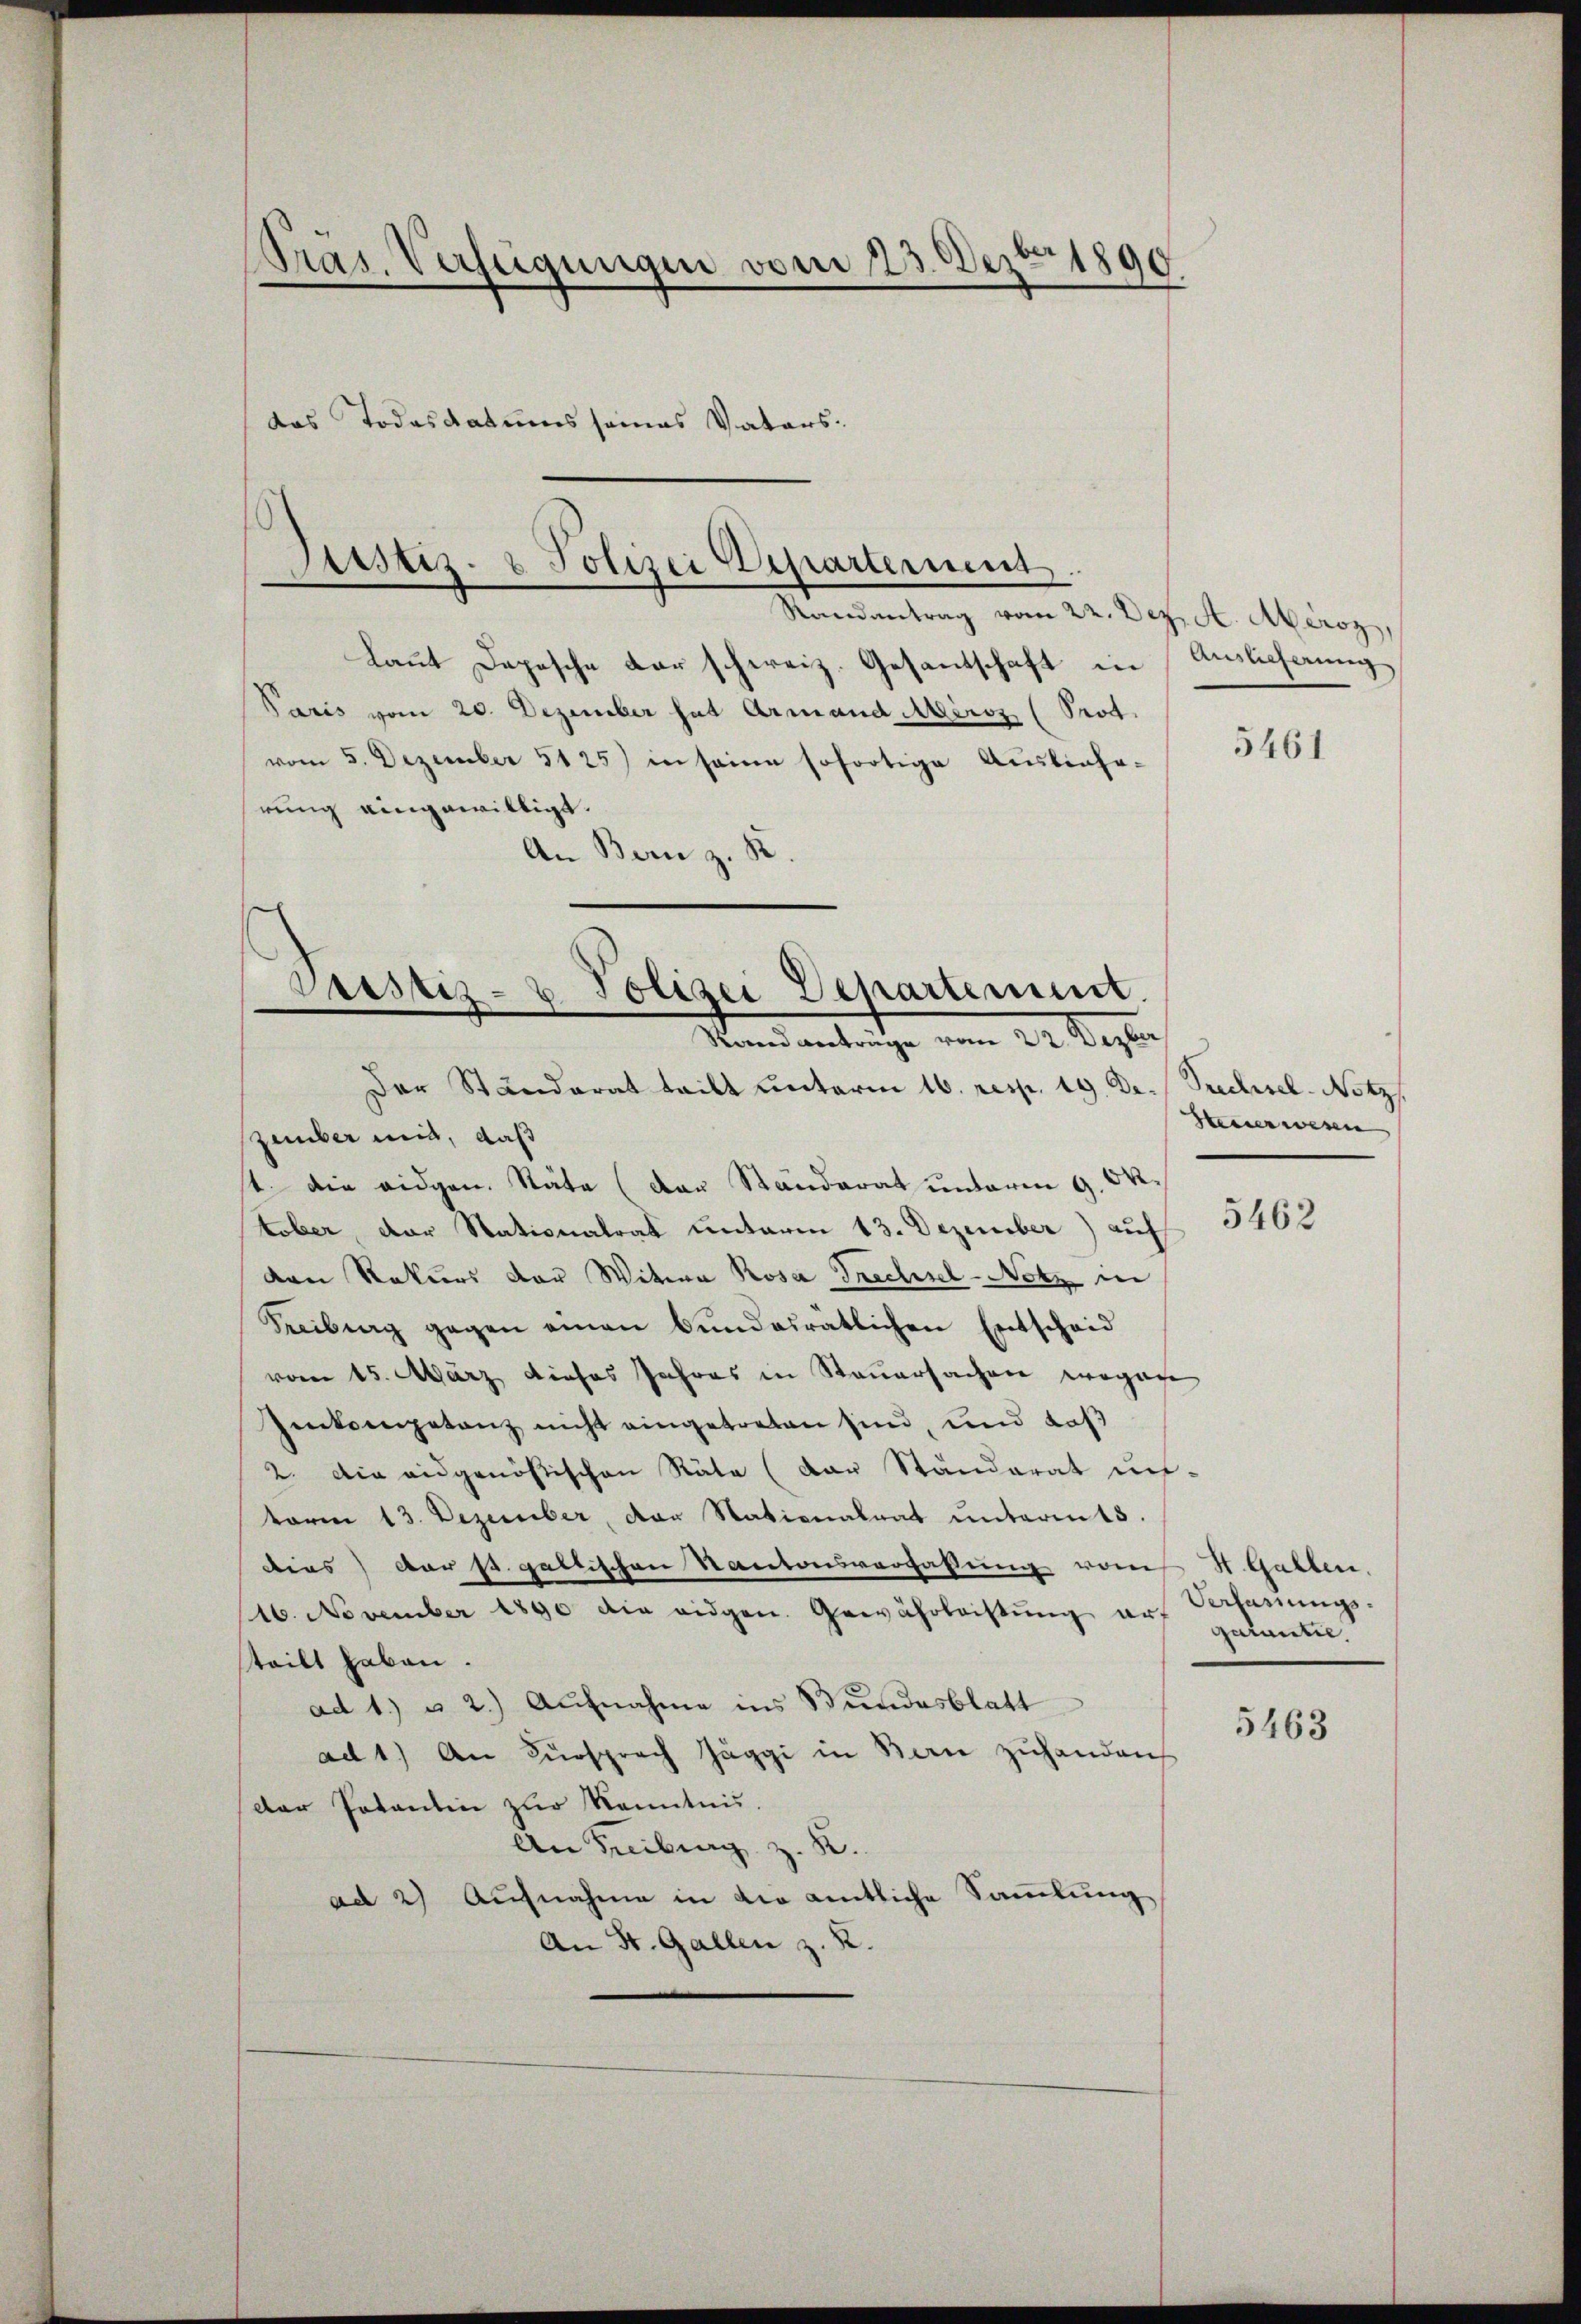
Präs. Verfügungen vom 23. Dez. 1890
.
das Todesdatumssames Vaters.

Justiz- & Polizei Departement
e
Randantrag vom 22. Dez. A. Aeroz,

laut Depesche der schweiz. Gesantschaft in
Paris vom 20. Dezember hat Armand Miriz (Prod.
vom 5. Dezember 5125) in seine sofortige Ausliche-
rung eingewilligt.
An Bern z. B.

Justiz- & Polizei Departement.
Sand anträge vom 24. Septe

Der Ständerat teilt unterm 16. resp. 19. De. Siechisel. Notz
zember mit, daß
t. die eidgen. Stäte (der Ständerat unterm 9. Oktober, der Stationalrat unterm 13. Dezember) auf
den Rekurs der Witwe Rosa Frechsel-Notz in
Freiburg gegen einen Bŭndesratlichen Entscheid
vom 15. März dieses Jahres in Steuersachen wogege
Zenkompetenz nicht eingetreten sind, und daß
2. Die eidgenößischen Räte (der Ständerat un-
term 13. Dezember, der Nationalrat unterm 5.
dies der st. galtischen Kantonsverfassung vom H. Gallen.
116. November 1890 die eidgen. Gewährleistung auf getantit.
teilt haben.
ad 1. u 2.) Aufnahme ins Bundesblatt
ad 1.) An Fürsprach Jäggi in Bern zuhanden
der Potantin zur Kenntnis.
An Freiburg z. R.
ad 2) Aufnahme in die amtliche Sammlung
An St. Gallen z. R.

Auslieferung

5461

Steuer wenn

5462

Verfassungs¬

5463